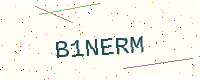
Text: B1NERM